Civil Veterinary Dept. Bombay admin report 1893-99 - 1893-1899
Year: 1893
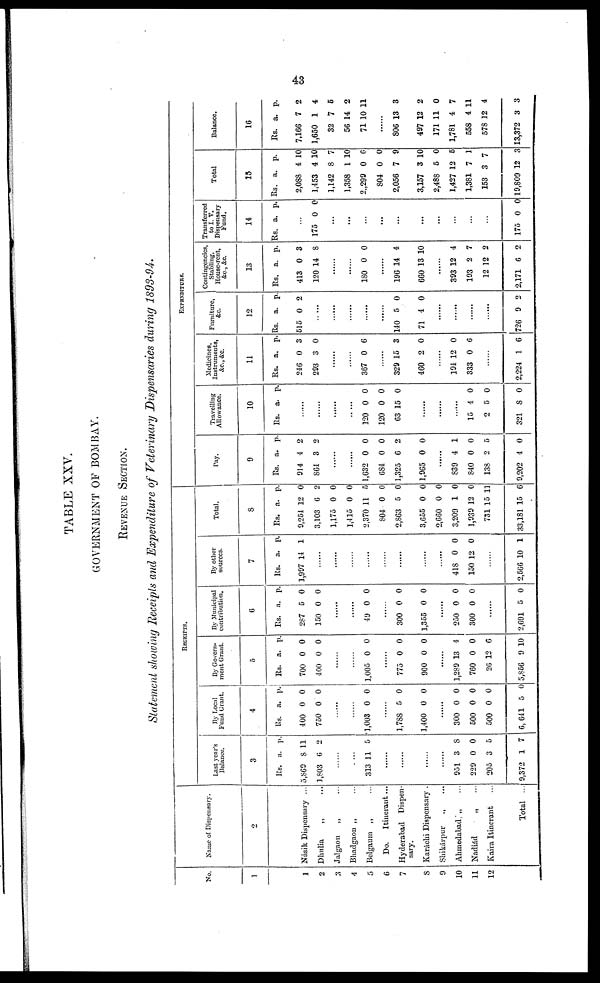
43
TABLE XXV.
GOVERNMENT OF BOMBAY.
REVENUE SECTION.
Statement showing Receipts and Expenditure of Veterinary Dispensaries during 1893-94.
No.
1
1
2
3
4
5
6
7
8
9
10
11
12
Name of Dispensary.
2
Násik Dispensary ...
Dhulia
„ ...
Jalgaon „ ...
Bhadgaon „ ...
Belgaum „ ...
Do.
Itinerant ...
Hyderabad Dispen-
sary.
Karáchi Dispensary .
Shikárpur „ ...
Ahmedabad, „ ...
Nadiád „ ...
Kaira Itinerant ...
Total ...
RECEIPTS.
Last year 's
Balance.
3
Rs.
5,869
1,803
a.
8
6
p.
11
2
......
. ...
313 11 5
......
......
......
......
951
229
205
9,372
3
0
3
1
8
0
6
7
By Local
Fund Grant.
4
Rs.
400
750
a.
0
0
p.
0
0
......
......
1,003 0 0
......
1,788
1,400
5
0
0
0
......
300
500
500
6,641
0
0
0
5
0
0
0
0
By Govern-
ment Grant.
5
Rs.
700
400
a.
0
0
p.
0
0
......
......
1,005 0 0
......
775
900
0
0
0
0
......
1,289
760
26
5,856
13
0
12
9
4
0
6
10
By Municipal
contribution.
6
Rs.
287
150
a.
5
0
p.
0
0
......
......
49 0 0
......
300
1,355
0
0
0
0
......
250
300
0
0
0
0
......
2,691 5 0
By other
sources.
7
Rs.
1,997
a.
14
p.
1
......
......
......
......
......
......
......
......
418
150
0
12
0
0
......
2,566 10 1
Total.
8
Rs.
9,254
3,103
1,175
1,415
2,370
804
2,863
3,655
2,660
3,209
1,939
731
33,181
a.
12
6
0
0
11
0
5
0
0
1
12
15
15
p.
0
2
0
0
5
0
0
0
0
0
0
11
6
EXPENDITURE.
Pay.
9
Rs.
914
864
a.
4
3
p.
2
2
......
......
1,632
684
1,325
1,965
0
0
6
0
0
0
2
0
......
839
840
138
9,202
4
0
2
4
1
0
5
0
Travelling
Allowance.
10
Rs. a. p.
......
......
......
......
120
120
63
0
0
15
0
0
0
......
......
......
15
2
321
4
5
8
0
0
0
Medicines,
Instruments,
&c., &c.
11
Rs.
246
293
a.
0
3
p.
3
0
......
......
367 0 6
......
329
460
15
2
3
0
......
194
333
12
0
0
6
......
2,224 1 6
Furniture,
&c.
12
Rs.
515
a.
0
p.
2
......
......
......
......
140
71
5
4
0
0
......
......
......
726 9 2
Contingencies,
Stabling,
House-rent,
&c., &c.
13
Rs.
413
120
a.
0
14
p.
3
8
......
......
180 0 0
......
196
660
14
13
4
10
......
393
193
12
2,171
12
2
12
6
4
7
2
2
Transferred
to I. V.
Dispensary
Fund.
14
Rs. a. p.
175 0 0
.
..
.
..
.
..
.
..
.
..
.
..
.
..
.
..
.
..
...
175 0 0
Total
15
Rs.
2,088
1,453
1,142
1,358
2,299
804
2,056
3,157
2,488
1,427
1,381
153
19,809
a.
4
4
8
1
0
0
7
3
5
12
7
3
12
p.
10
10
7
10
6
0
9
10
0
5
1
7
3
Balance.
16
Rs.
7,166
1,650
32
56
71
a.
7
1
7
14
10
p.
2
4
5
2
11
......
806
497
171
1,781
558
578
13,372
13
12
11
4
4
12
3
3
2
0
7
11
4
3